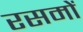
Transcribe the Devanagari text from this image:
रसमों